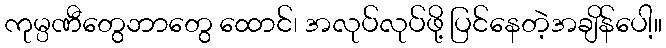
ကုမ္ပဏီတွေဘာတွေ ထောင်၊ အလုပ်လုပ်ဖို့ ပြင်နေတဲ့အချိန်ပေါ့။